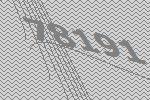
78191